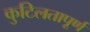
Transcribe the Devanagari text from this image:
कुटिलतापूर्ण